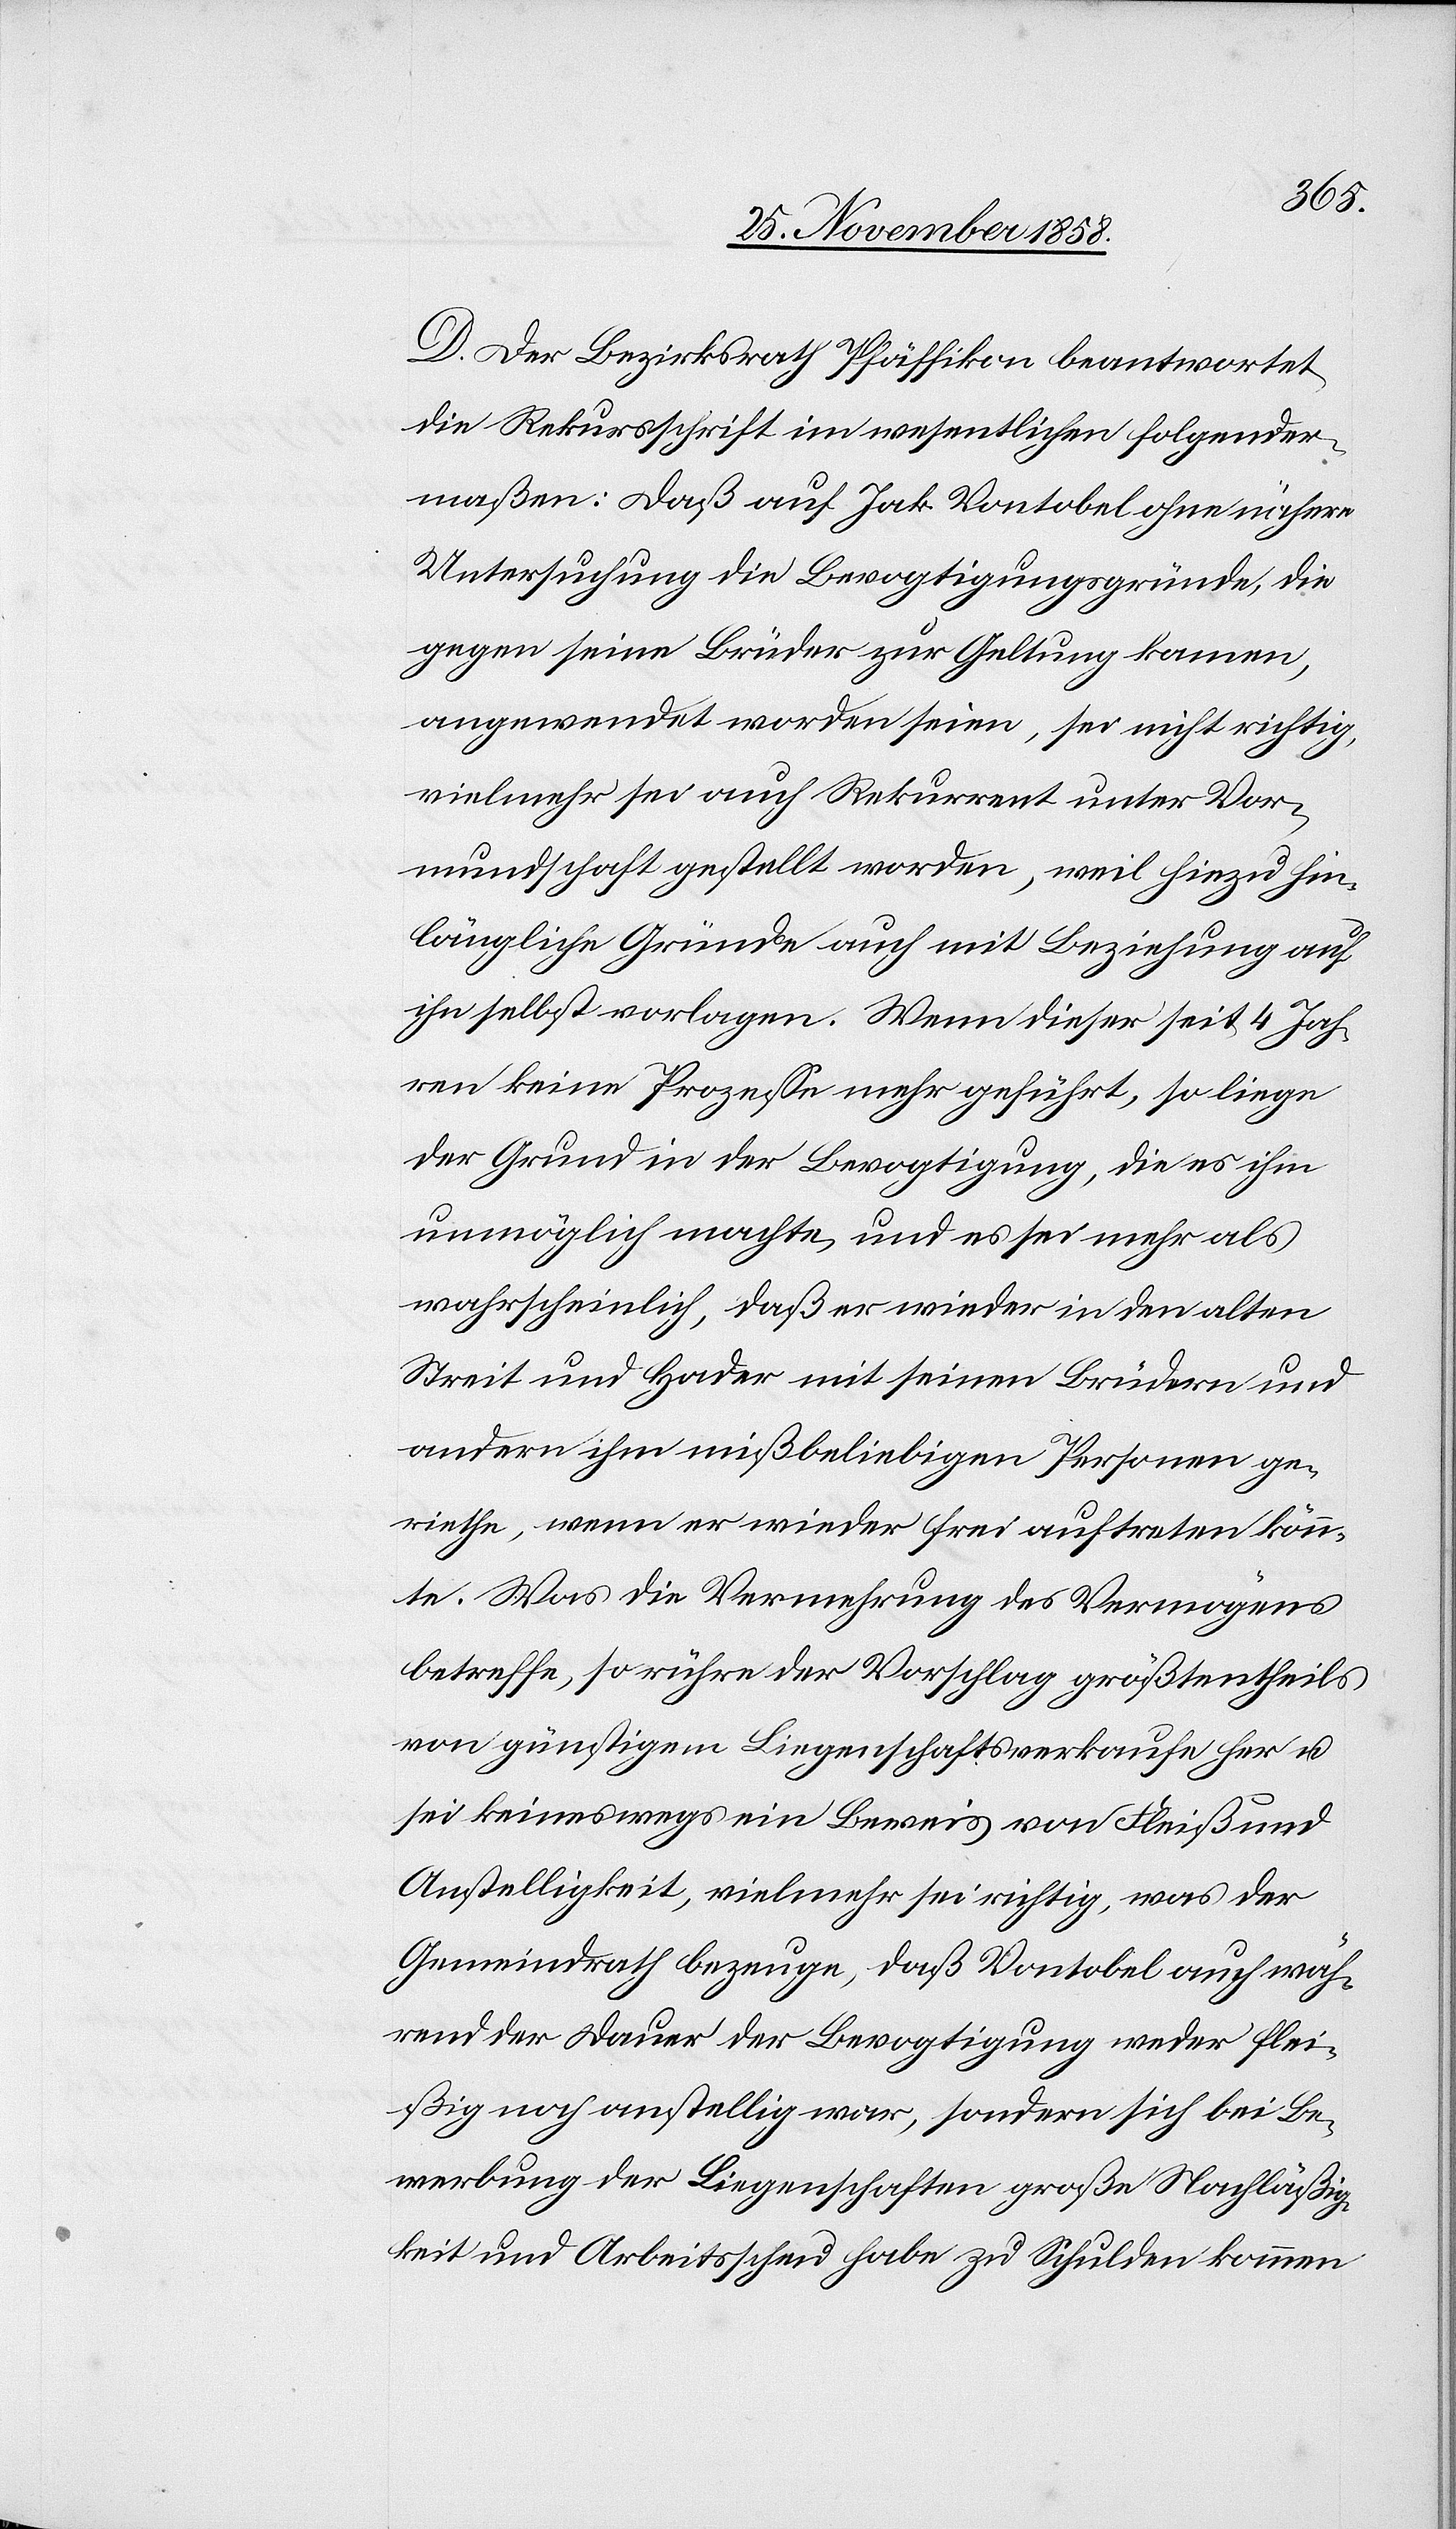
D. Der Bezirksrath Pfäffikon beantwortet
die Rekursschrift im wesentlichen folgender¬
maßen: Daß auf Jak. Vontobel ohne nähere
Untersuchung die Bevogtigungsgründe, die
gegen seine Brüder zur Geltung kamen,
angewendet worden seien, sei nicht richtig,
vielmehr sei auch Rekurrent unter Vor¬
mundschaft gestellt worden, weil hiezu hin¬
längliche Gründe auch mit Beziehung auf
ihn selbst vorlagen. Wenn dieser seit 4 Jah¬
ren keine Prozesse mehr geführt, so liege
der Grund in der Bevogtigung, die es ihm
unmöglich machte, und es sei mehr als
wahrscheinlich, daß er wieder in den alten
Streit und Hader mit seinen Brüdern und
andern ihm mißbeliebigen Personen ge¬
riethe, wenn er wieder frei auftreten könn¬
te. Was die Vermehrung des Vermögens
betreffe, so rühre der Vorschlag größtentheils
von günstigem Liegenschaftsverkaufe her u.
sei keineswegs ein Beweis von Fleiß und
Anstelligkeit, vielmehr sei richtig, was der
Gemeindrath bezeuge, daß Vontobel auch wäh¬
rend der Dauer der Bevogtigung weder flei¬
ßig noch anstellig war, sondern sich bei Be¬
werbung der Liegenschaften große Nachläßig¬
keit und Arbeitsscheu habe zu Schulden kommen